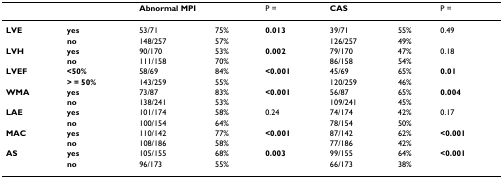
<table><thead><tr><td></td><td></td><td colspan="2"><b>Abnormal MPI</b></td><td><b>P =</b></td><td colspan="2"><b>CAS</b></td><td><b>P =</b></td></tr></thead><tbody><tr><td><b>LVE</b></td><td><b>yes</b></td><td>53/71</td><td>75%</td><td><b>0.013</b></td><td>39/71</td><td>55%</td><td>0.49</td></tr><tr><td></td><td><b>no</b></td><td>148/257</td><td>57%</td><td></td><td>126/257</td><td>49%</td><td></td></tr><tr><td><b>LVH</b></td><td><b>yes</b></td><td>90/170</td><td>53%</td><td><b>0.002</b></td><td>79/170</td><td>47%</td><td>0.18</td></tr><tr><td></td><td><b>no</b></td><td>111/158</td><td>70%</td><td></td><td>86/158</td><td>54%</td><td></td></tr><tr><td><b>LVEF</b></td><td><b>&lt;50%</b></td><td>58/69</td><td>84%</td><td><b>&lt;0.001</b></td><td>45/69</td><td>65%</td><td><b>0.01</b></td></tr><tr><td></td><td><b>&gt; = 50%</b></td><td>143/259</td><td>55%</td><td></td><td>120/259</td><td>46%</td><td></td></tr><tr><td><b>WMA</b></td><td><b>yes</b></td><td>73/87</td><td>83%</td><td><b>&lt;0.001</b></td><td>56/87</td><td>65%</td><td><b>0.004</b></td></tr><tr><td></td><td><b>no</b></td><td>138/241</td><td>53%</td><td></td><td>109/241</td><td>45%</td><td></td></tr><tr><td><b>LAE</b></td><td><b>yes</b></td><td>101/174</td><td>58%</td><td>0.24</td><td>74/174</td><td>42%</td><td>0.17</td></tr><tr><td></td><td><b>no</b></td><td>100/154</td><td>64%</td><td></td><td>78/154</td><td>50%</td><td></td></tr><tr><td><b>MAC</b></td><td><b>yes</b></td><td>110/142</td><td>77%</td><td><b>&lt;0.001</b></td><td>87/142</td><td>62%</td><td><b>&lt;0.001</b></td></tr><tr><td></td><td><b>no</b></td><td>108/186</td><td>58%</td><td></td><td>77/186</td><td>42%</td><td></td></tr><tr><td><b>AS</b></td><td><b>yes</b></td><td>105/155</td><td>68%</td><td><b>0.003</b></td><td>99/155</td><td>64%</td><td><b>&lt;0.001</b></td></tr><tr><td></td><td><b>no</b></td><td>96/173</td><td>55%</td><td></td><td>66/173</td><td>38%</td><td></td></tr></tbody></table>